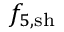
{ f } _ { 5 , \mathrm { s h } }